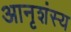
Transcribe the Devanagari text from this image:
आनृशंस्य